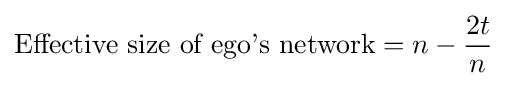
{\text{Effective size of ego's network}}=n-{\frac {2t}{n}}